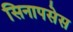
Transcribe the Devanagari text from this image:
सिनापसेस